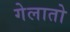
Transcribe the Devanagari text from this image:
गेलातो